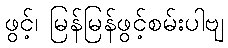
ဖွင့်၊ မြန်မြန်ဖွင့်စမ်းပါဗျ